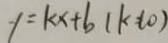
y = k x + b ( k = l 0 )